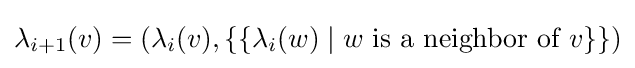
\lambda _{i+1}(v)=\left(\lambda _{i}(v),\{\{\lambda _{i}(w)\mid w{\text{ is a neighbor of }}v\}\}\right)